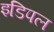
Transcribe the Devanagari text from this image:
इडिपल